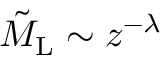
\tilde { M } _ { \mathrm { L } } \sim z ^ { - \lambda }